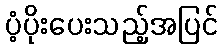
ပံ့ပိုးပေးသည့်အပြင်